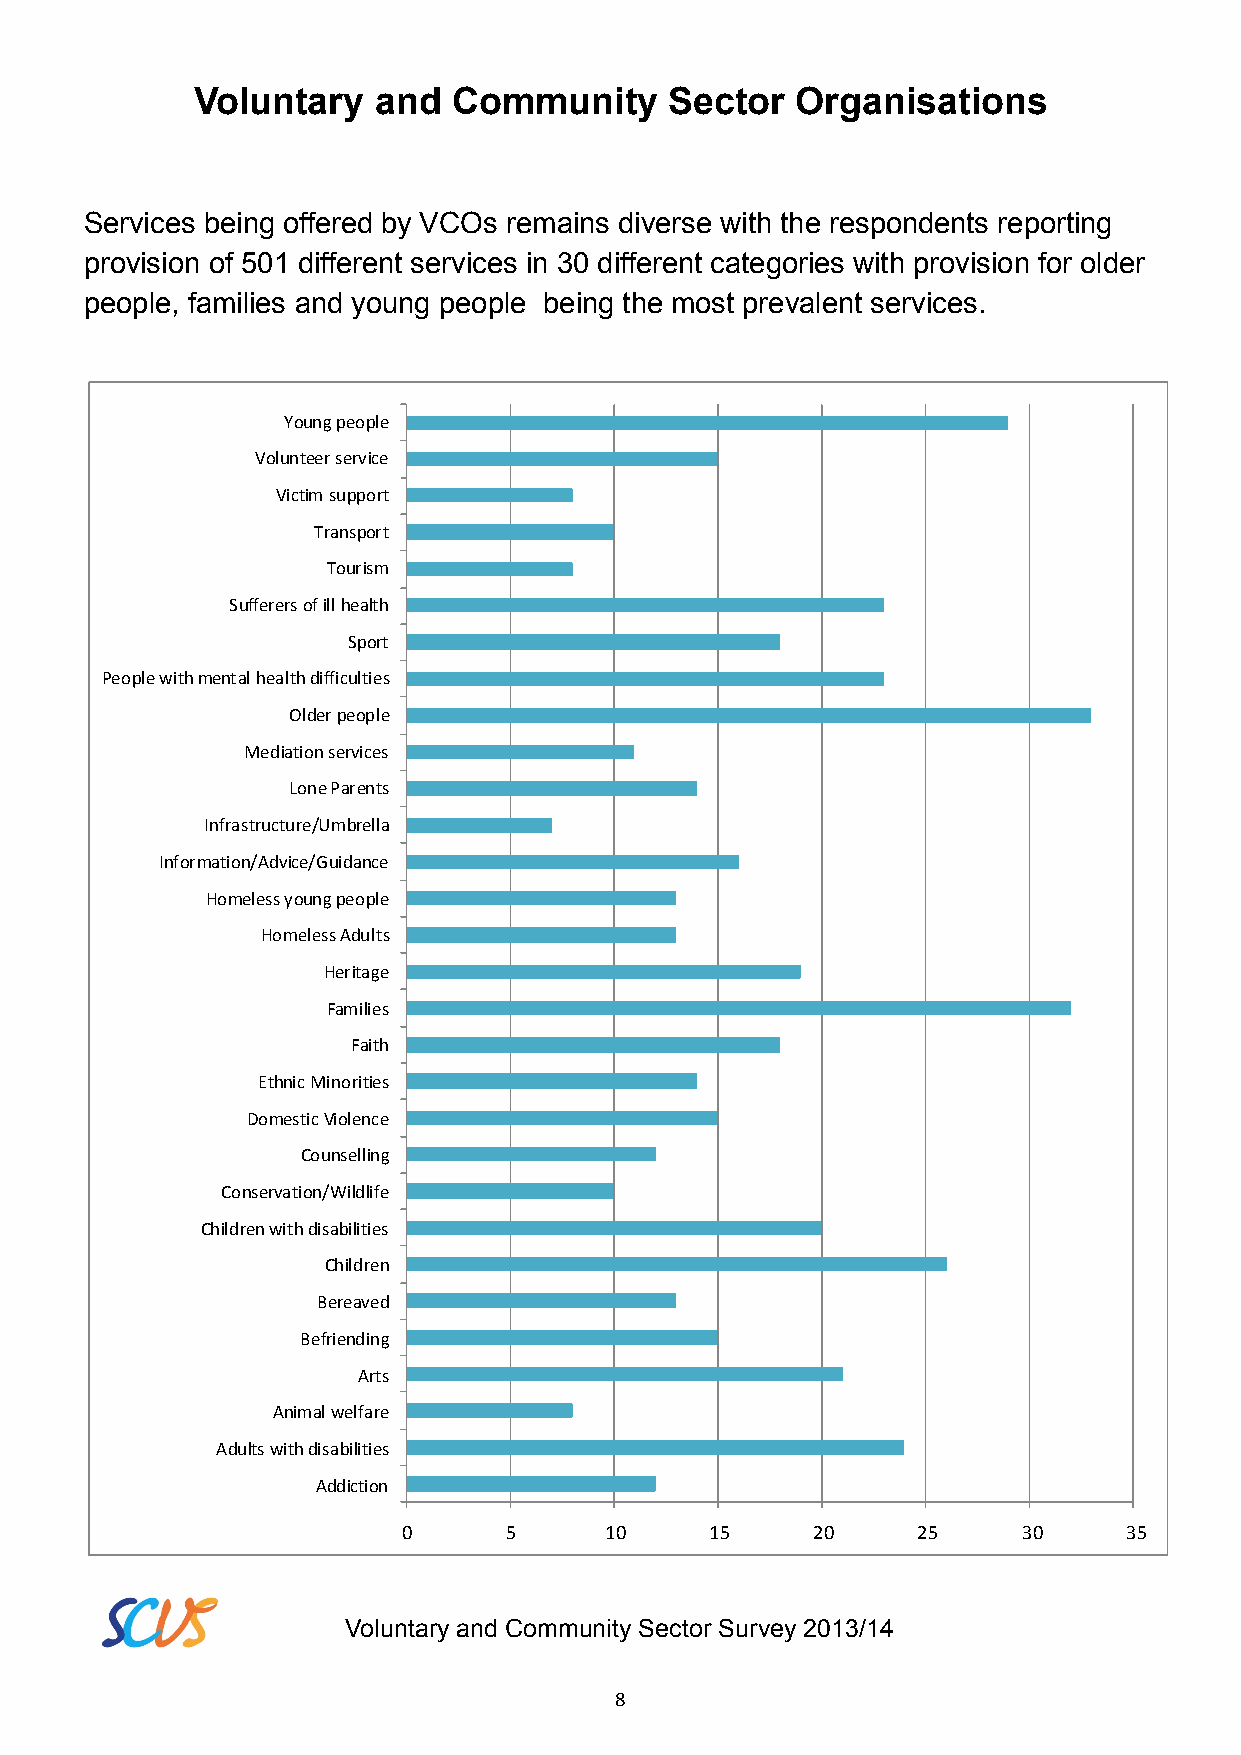
Voluntary   and  Community     Sector   Organisations
 Services being offered by VCOs remains diverse with the respondents reporting
 provision of 501 different services in 30 different categories with provision for older
 people, families and young people being the most prevalent services.
 Young people
 Volunteer service
 Victim support
 Transport
 Tourism
 Sufferers of ill health
 Sport
 People with mental health difficulties
 Older people
 Mediation services
 Lone Parents
 Infrastructure/Umbrella
 Information/Advice/Guidance
 Homeless young people
 Homeless Adults
 Heritage
 Families
 Faith
 Ethnic Minorities
 Domestic Violence
 Counselling
 Conservation/Wildlife
 Children with disabilities
 Children
 Bereaved
 Befriending
 Arts
 Animal welfare
 Adults with disabilities
 Addiction
 0     5      10     15     20     25     30    35
 Voluntary and Community Sector Survey 2013/14
 8